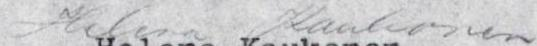
Helena Kaukonen